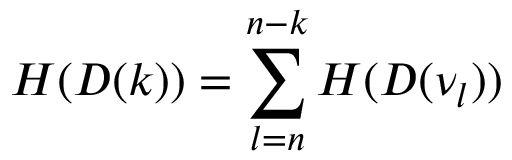
H ( D ( k ) ) = \sum _ { l = n } ^ { n - k } H ( D ( \nu _ { l } ) )